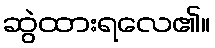
ဆွဲထားရလေ၏။